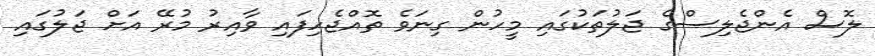
ލޮސް އެންޖެލިސްގެ ޖަލުތަކުގައި މީހުން ގިނަވެ ތޮއްޖެހިފައި ވާއިރު މުރޭ އަށް ޖަލުގައި